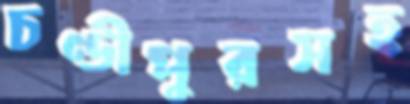
চণ্ডীপুরসহ